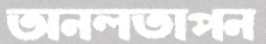
অনলতাপন